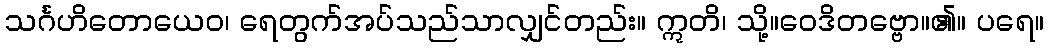
သင်္ဂဟိတောယေဝ၊ ရေတွက်အပ်သည်သာလျှင်တည်း။ ဣတိ၊ သို့။ဝေဒိတဗ္ဗော။၏။ ပရေ။